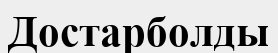
Достарболды